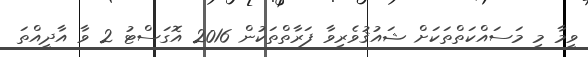
ވީމާ މި މަސައްކަތްތަކަށް ޝައުޤުވެރިވާ ފަރާތްތަކުން 2016 އޮގަސްޓު 2 ވާ އާދީއްތަ